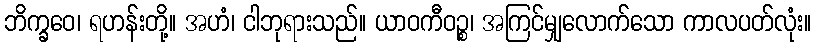
ဘိက္ခဝေ၊ ရဟန်းတို့။ အဟံ၊ ငါဘုရားသည်။ ယာဝကီဝဉ္စ၊ အကြင်မျှလောက်သော ကာလပတ်လုံး။